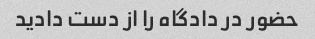
حضور در دادگاه را از دست دادید